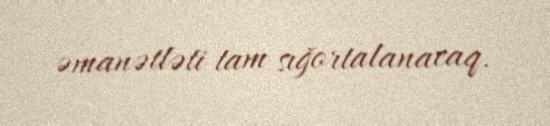
əmanətləti tam sığortalanacaq.